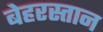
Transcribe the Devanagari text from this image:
बेहरस्तान